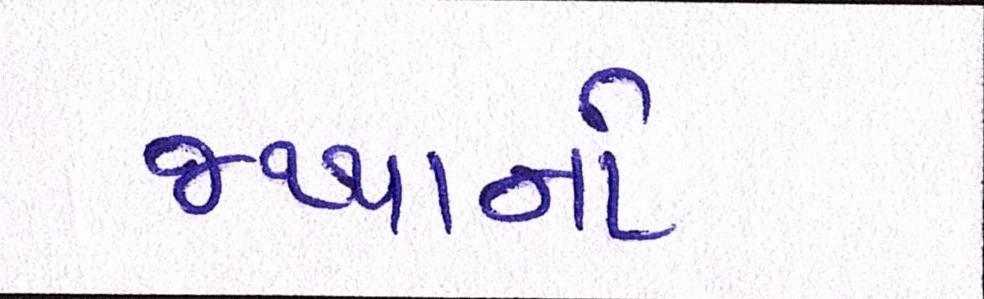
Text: જથ્થાનો